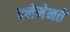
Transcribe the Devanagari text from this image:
क्लेमेनते